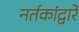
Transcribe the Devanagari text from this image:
नर्तकांद्वारे